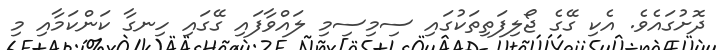
ދޮށުގައެވެ. އެކި ގޭގެ ޖޯލިފަތިތަކުގައި ސިމިސިމި ލައްވާފައި ގޭގައި ހިނގާ ކަންކަމާއި މި